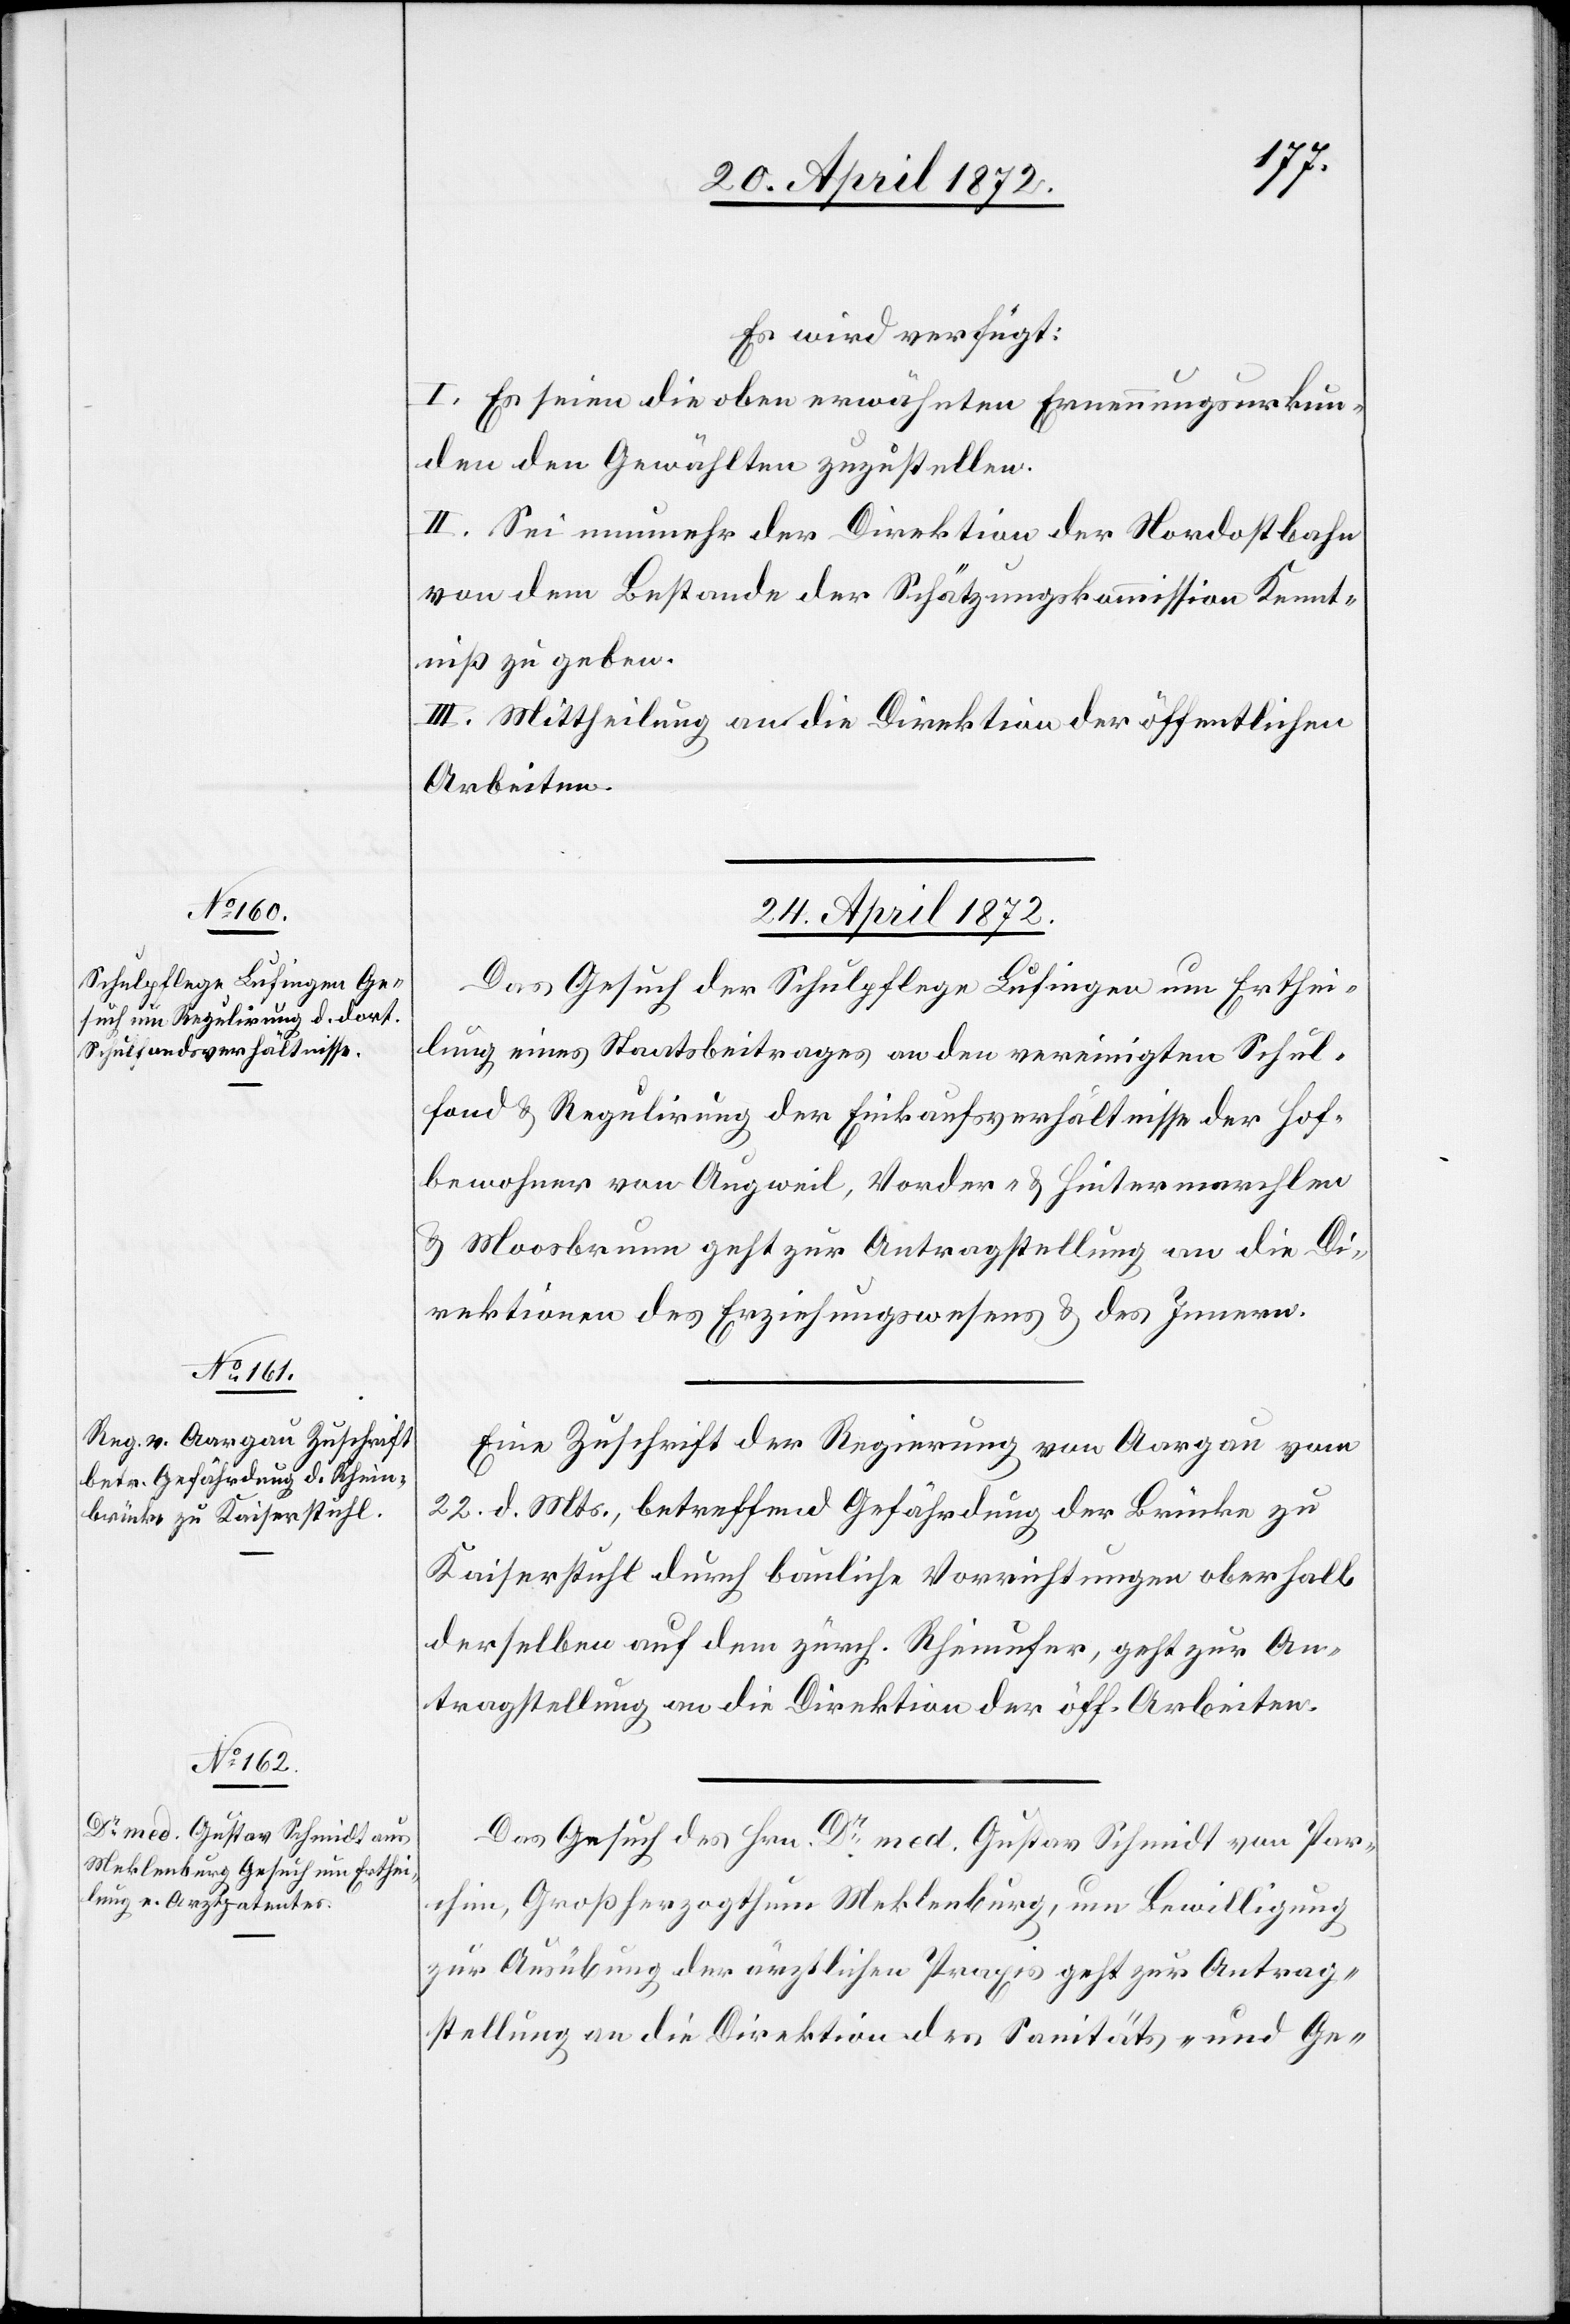
Es wird verfügt:
I. Es seien die oben erwähnten Ernennungsurkun¬
den den Gewählten zuzustellen.
II. Sei nunmehr der Direktion der Nordostbahn
von dem Bestande der Schätzungskommission Kennt¬
niß zu geben.
III. Mittheilung an die Direktion der öffentlichen
Arbeiten.
24. April 1872.]
Das Gesuch der Schulpflege Lufingen um Erthei¬
lung eines Staatsbeitrages an den vereinigten Schul¬
fond u. Regulirung der Einkaufsverhältnisse der Hof¬
bewohner von Augweil, Vorder- u. Hintermarchlen
u. Moosbrunn geht zur Antragstellung an die Di¬
rektionen des Erziehungswesens u. des Innern.
Eine Zuschrift der Regierung von Aargau vom
22. d. Mts., betreffend Gefährdung der Brücke zu
Kaiserstuhl durch bauliche Vorrichtungen oberhalb
derselben auf dem zürch. Rheinufer, geht zur An¬
tragstellung an die Direktion der öff. Arbeiten.
Das Gesuch des Hrn. Dr med. Gustav Schmidt von Par¬
chim, Großherzogthum Meklenburg, um Bewilligung
zur Ausübung der ärztlichen Praxis geht zur Antrag¬
stellung an die Direktion des Sanitäts- und Ge-